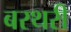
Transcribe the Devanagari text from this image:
बरथरी